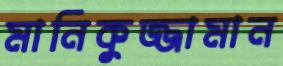
মানিকুজ্জামান